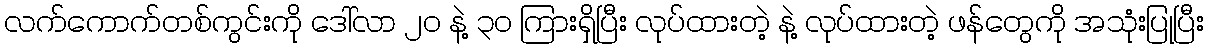
လက်ကောက်တစ်ကွင်းကို ဒေါ်လာ ၂၀ နဲ့ ၃၀ ကြားရှိပြီး လုပ်ထားတဲ့ နဲ့ လုပ်ထားတဲ့ ဖန်တွေကို အသုံးပြုပြီး